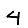
Digit: 4